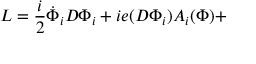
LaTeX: { \cal { L } } = \frac { i } { 2 } \dot { \Phi } _ { i } D \Phi _ { i } + i e ( D \Phi _ { i } ) A _ { i } ( \Phi ) +